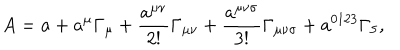
LaTeX: A = a + a ^ { \mu } \Gamma _ { \mu } + \frac { a ^ { \mu \nu } } { 2 ! } \Gamma _ { \mu \nu } + \frac { a ^ { \mu \nu \sigma } } { 3 ! } \Gamma _ { \mu \nu \sigma } + a ^ { 0 1 2 3 } \Gamma _ { 5 } ,